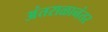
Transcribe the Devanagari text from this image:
अंतराळानंतर